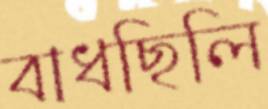
বাধছিলি